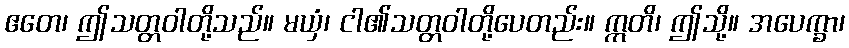
ဧတေ၊ ဤသတ္တဝါတို့သည်။ မယှံ၊ ငါ၏သတ္တဝါတို့ပေတည်း။ ဣတိ၊ ဤသို့။ အပေက္ခာ၊